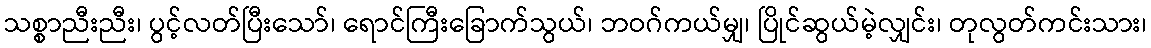
သစ္စာညီးညီး၊ ပွင့်လတ်ပြီးသော်၊ ရောင်ကြီးခြောက်သွယ်၊ ဘဝဂ်ကယ်မျှ၊ ပြိုင်ဆွယ်မဲ့လျှင်း၊ တုလွတ်ကင်းသား၊